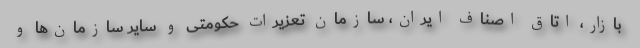
بازار، اتاق اصناف ایران، سازمان تعزیرات حکومتی و سایر سازمان‌ها و